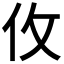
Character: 𰁦